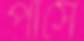
পার্সে